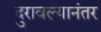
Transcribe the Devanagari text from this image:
दुरावल्यानंतर